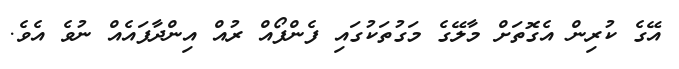
އޭގެ ކުރިން އެގޮތަށް މާލޭގެ މަގުތަކުގައި ފެންފޯއް ރުއް އިންދާފައެއް ނުވެ އެވެ.